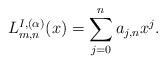
LaTeX: \begin{gather*}L_{m,n}^{I,(\alpha)}(x)=\sum_{j=0}^na_{j,n}x^j.\end{gather*}